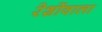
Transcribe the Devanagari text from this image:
रेशोंवाला